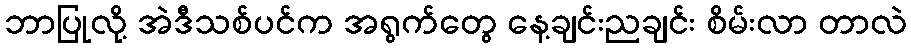
ဘာပြုလို့ အဲဒီသစ်ပင်က အရွက်တွေ နေ့ချင်းညချင်း စိမ်းလာ တာလဲ